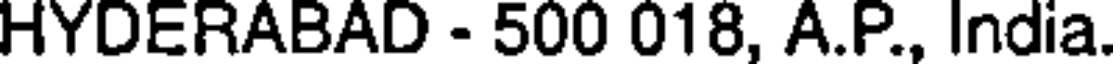
HYDERABAD - 500 018, A.P., India.